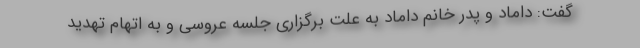
گفت: داماد و پدر خانم داماد به علت برگزاری جلسه عروسی و به اتهام تهدید